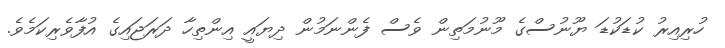
ހުރިއިރު ކުޑަކުޑަ ޔޫނުސްގެ މޫނުމަތިން ވެސް ފެންނަމުން ދިޔައީ އިންތިހާ ދަރަޖައިގެ އުފާވެރިކަމެވެ.